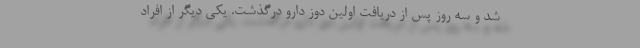
شد و سه روز پس از دریافت اولین دوز دارو درگذشت. یکی دیگر از افراد